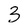
Character: 3